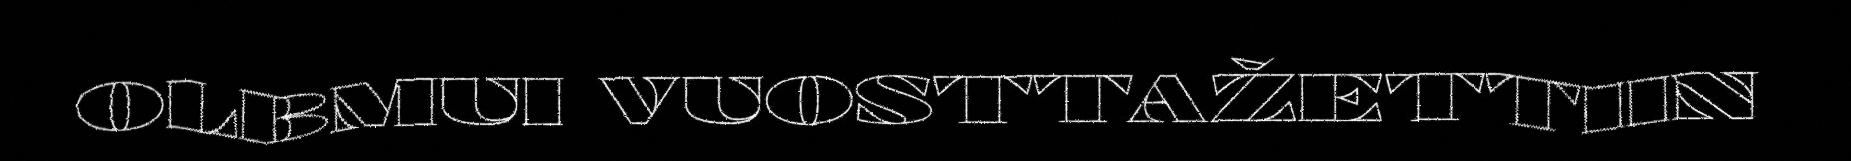
OLBMUI VUOSTTAŽETTIIN